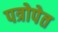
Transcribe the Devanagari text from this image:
पत्रोपेत